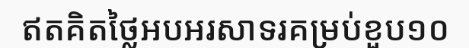
ឥតគិតថ្លៃអបអរសាទរគម្រប់ខួប១០